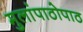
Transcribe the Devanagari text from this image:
मुलांपाठोपाठ